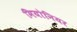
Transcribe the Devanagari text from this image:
मियोनियर